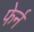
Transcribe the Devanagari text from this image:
फेर्न